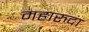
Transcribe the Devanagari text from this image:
महारुदा